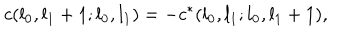
LaTeX: c ( l _ { 0 } , l _ { 1 } + 1 ; l _ { 0 } , l _ { 1 } ) = - c ^ { * } ( l _ { 0 } , l _ { 1 } ; l _ { 0 } , l _ { 1 } + 1 ) ,